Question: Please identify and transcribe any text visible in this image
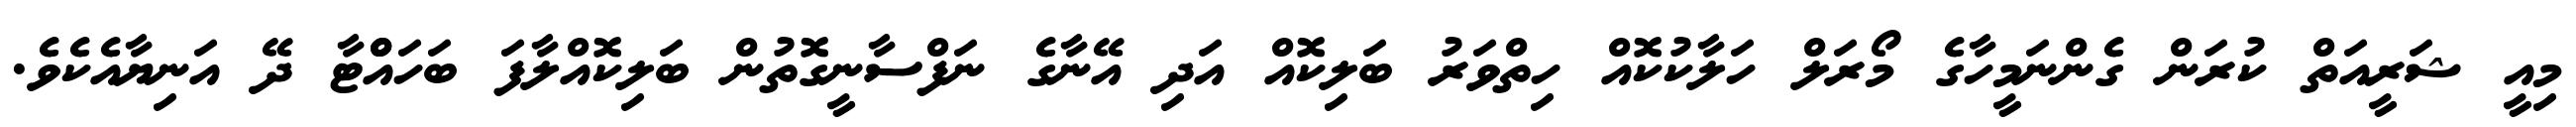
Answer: މިއީ ޝަރީއަތް ކުރަން ގެންނަމީހާގެ މޯރަލް ހަލާކުކޮއް ހިތްވަރު ބަލިކޮއް އަދި އޭނާގެ ނަފްސާނީގޮތުން ބަލިކޮއްލާފަ ބަހައްްޓާ ދޭ އަނިޔާއެކެވެ.